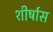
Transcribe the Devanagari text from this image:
शीर्षास